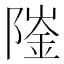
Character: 𨼅